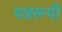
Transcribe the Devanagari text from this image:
पत्ररूपी